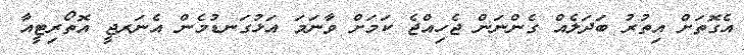
އެގޮތަށް އިތުރު ބަދަލެއް ގެންނަން ޖެހިއްޖެ ކަމަށް ވާނަމަ އަޅުގަނޑުމެން އެނަރޖީ އޮތޯރިޓީއާ